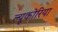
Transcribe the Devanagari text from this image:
ल्यूकोरिया